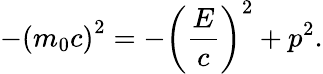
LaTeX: -\left(m_{0}c\right)^{2}=-\left({\frac{E}{c}}\right)^{2}+p^{2}.